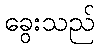
ခွေးသည်